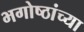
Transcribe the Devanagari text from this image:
भगोष्ठांच्या